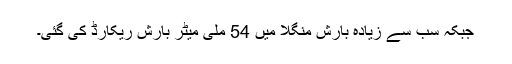
جبکہ سب سے زیادہ بارش منگلا میں 54 ملی میٹر بارش ریکارڈ کی گئی۔